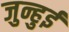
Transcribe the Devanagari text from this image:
जुन्हुई